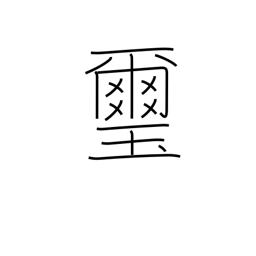
Meaning: emperor's seal